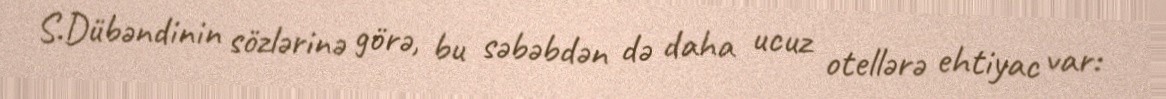
S.Dübəndinin sözlərinə görə, bu səbəbdən də daha ucuz otellərə ehtiyac var: